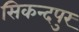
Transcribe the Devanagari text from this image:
सिकन्दपुर